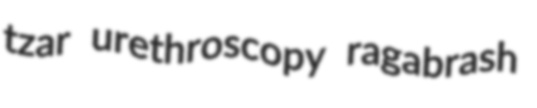
tzar urethroscopy ragabrash